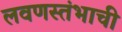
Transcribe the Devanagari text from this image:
लवणस्तंभाची